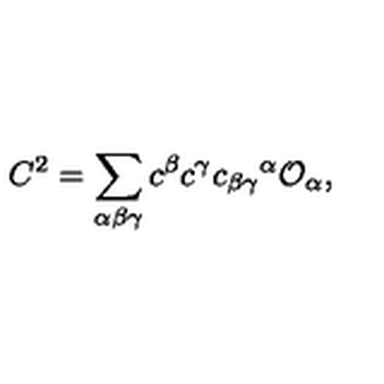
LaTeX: C ^ { 2 } = \sum _ { \alpha \beta \gamma } c ^ { \beta } c ^ { \gamma } c _ { \beta \gamma } { } ^ { \alpha } { \cal O } _ { \alpha } ,